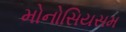
મોનોસિયસમ